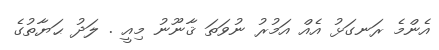
އެންމެ ރަނގަޅު އެއް އަމުރު ނުވަތަ ޤާނޫނު މިއީ . ލަދު ޙަޔާތުގެ